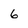
Character: 6